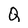
Character: Q